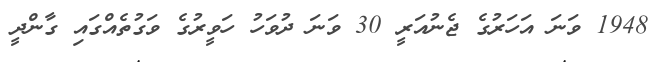
1948 ވަނަ އަހަރުގެ ޖެނުއަރީ 30 ވަނަ ދުވަހު ހަވީރުގެ ވަގުތެއްގައި ގާންދީ